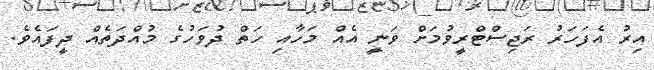
އިރު އެފަހަރު ރަޖިސްޓްރީވުމަށް ވަނީ އެއް މަހާއި ހަތް ދުވަހުގެ މުއްދަތެއް ދީފައެވެ.